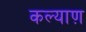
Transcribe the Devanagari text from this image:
कल्याण़